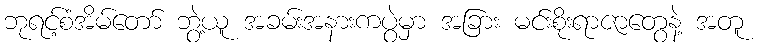
ဘုရင့်စံအိမ်တော် ဘွဲ့ယူ အခမ်းအနားကပွဲမှာ အခြား မင်းစိုးရာဇာတွေနဲ့ အတူ